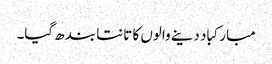
مبارکباد دینے والوں کا تانتا بند ھ گیا۔